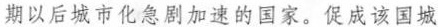
期以后城市化急剧加速的国家。促成该国城